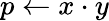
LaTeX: p\gets x\cdot y